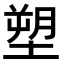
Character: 塑